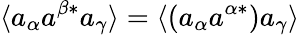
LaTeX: \langle a_{\alpha}a^{\beta*}a_{\gamma}\rangle=\langle(a_{\alpha}a^{\alpha*})a_{\gamma}\rangle